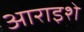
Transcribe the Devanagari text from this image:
आराइशे